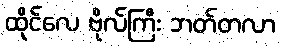
ထိုင်လေ ဗိုလ်ကြီး ဘတ်တလာ